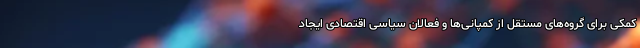
کمکی برای گروه‌های مستقل از کمپانی‌ها و فعالان سیاسی اقتصادی ایجاد